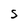
Character: S